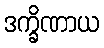
ဒက္ခိဏာယ